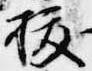
抜